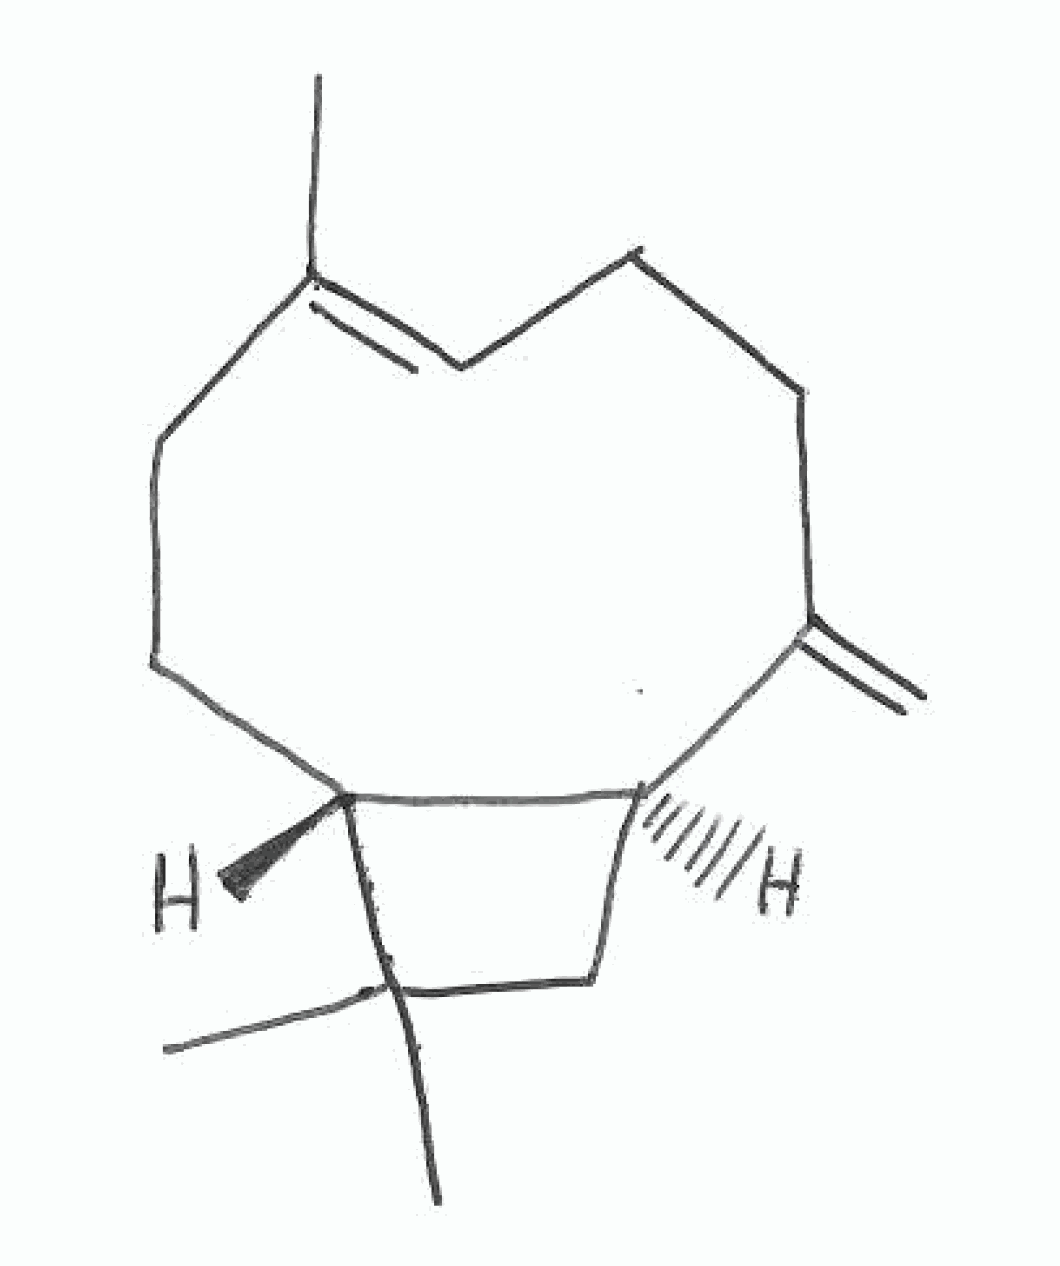
Simplified molecular-input line-entry system (SMILES) notation of the given molecule:
CC1=CCCC(=C)[C@H]2CC([C@@H]2CC1)(C)C